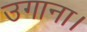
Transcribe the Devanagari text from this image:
उगाना।